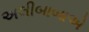
અલીબાબાએ